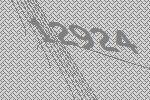
12924